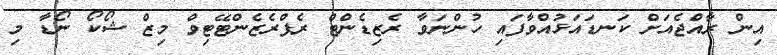
އިން ރާއްޖެއަށް ކަނޑައަޅުއްވާފައި ހުންނަވާ ރެޒިޑެންޓް ރެޕްރެޒެންޓޭޓިވް މިޒް ޝޯކޯ ނޯޑާ މި